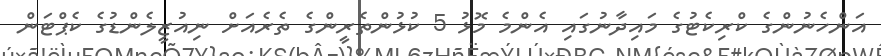
އަންހެނުންގެ ކްރިކެޓުގެ މައިދާނުގައި އެންމެ މޮޅު 5 ކުޅުންތެރީންގެ ތެރެއަށް ނިއުޒީލެންޑުގެ ކެޕްޓަން